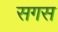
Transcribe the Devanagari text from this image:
सगस